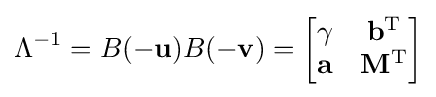
\Lambda ^{-1}=B(-\mathbf {u} )B(-\mathbf {v} )={\begin{bmatrix}\gamma &\mathbf {b} ^{\mathrm {T} }\\\mathbf {a} &\mathbf {M} ^{\mathrm {T} }\end{bmatrix}}